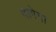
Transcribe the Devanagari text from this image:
दागेगा